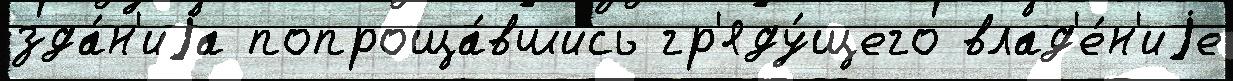
зда́н'иjа попроща́вшись гр'яду́щего влад'е́н'иjе